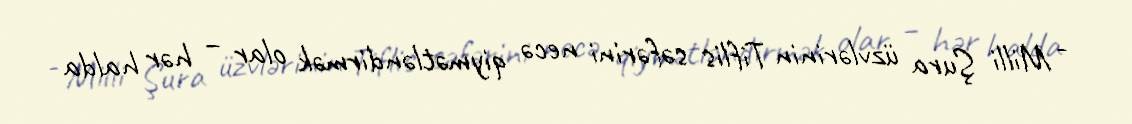
- Milli Şura üzvlərinin Tiflis səfərini necə qiymətləndirmək olar – hər halda